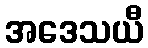
အဒေသယီ